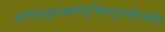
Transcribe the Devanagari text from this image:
जनपदपुररक्षणवृत्तिमनुपजीत्यपि